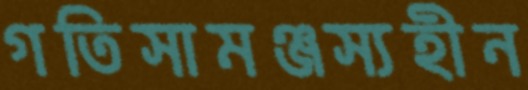
গতিসামঞ্জস্যহীন